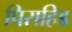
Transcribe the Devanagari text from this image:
पिराहिड